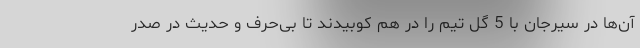
آن‌ها در سیرجان با 5 گل تیم را در هم کوبیدند تا بی‌حرف و حدیث در صدر